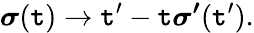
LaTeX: \boldsymbol{\sigma}(\mathtt{t})\xrightarrow{}{{{\mathtt{t}^{\prime}}-\mathtt{t}}}\boldsymbol{\sigma^{\prime}}({\mathtt{t}^{\prime}}).